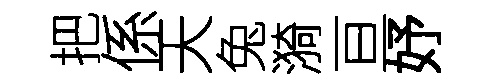
把係天兔漪亘妤